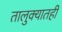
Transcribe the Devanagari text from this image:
तालुक्‍यातही